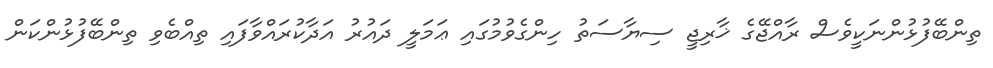
ތިންބޭފުޅުންނަކީވެސް ރާއްޖޭގެ ޚާރިޖީ ސިޔާސަތު ހިންގެވުމުގައި ޢަމަލީ ދައުރު އަދާކުރައްވާފައި ތިއްބެވި ތިންބޭފުޅުންކަން